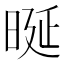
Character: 𣆴